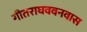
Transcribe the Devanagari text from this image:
गीतराघववनवास